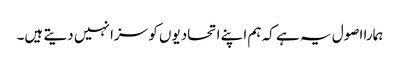
ہمارا اصول یہ ہے کہ ہم اپنے اتحادیوں کو سزا نہیں دیتے ہیں۔